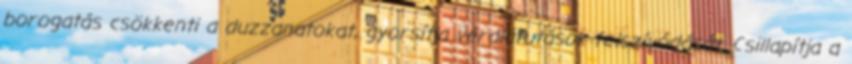
borogatás csökkenti a duzzanatokat, gyorsítja véraláfutások felszívódását. Csillapítja a